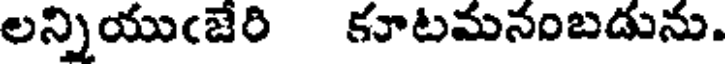
లన్నియుఁజేరి కూటమనంబడును.